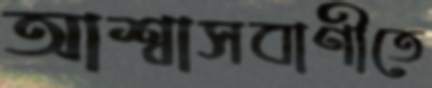
আশ্বাসবাণীতে